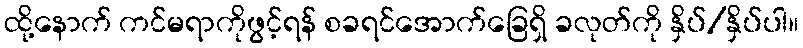
ထို့နောက် ကင်မရာကိုဖွင့်ရန် စခရင်အောက်ခြေရှိ ခလုတ်ကို နှိပ်/နှိပ်ပါ။